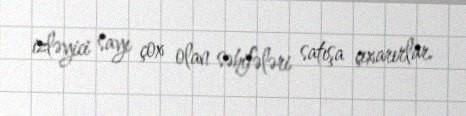
izləyici sayı çox olan səhifələri satışa çıxarırlar.